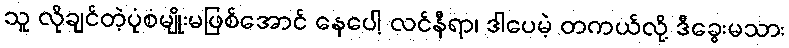
သူ လိုချင်တဲ့ပုံစံမျိုးမဖြစ်အောင် နေပေါ့ လင်နီရာ၊ ဒါပေမဲ့ တကယ်လို့ ဒီခွေးမသား